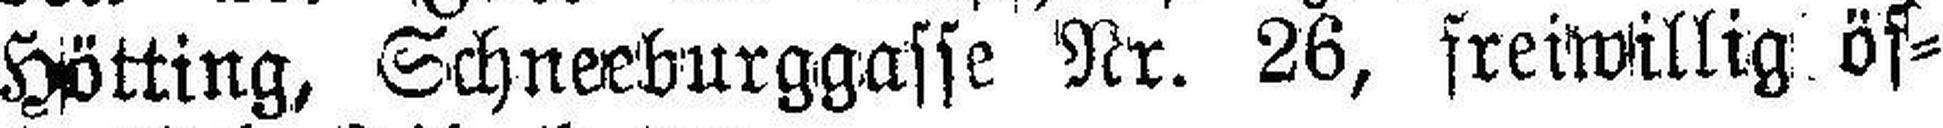
Hötting, Schneeburggasse Nr. 26, freiwillig, öf¬